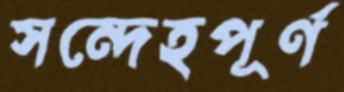
সন্দেহপূর্ণ